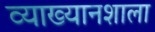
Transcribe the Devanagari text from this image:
व्याख्यानशाला